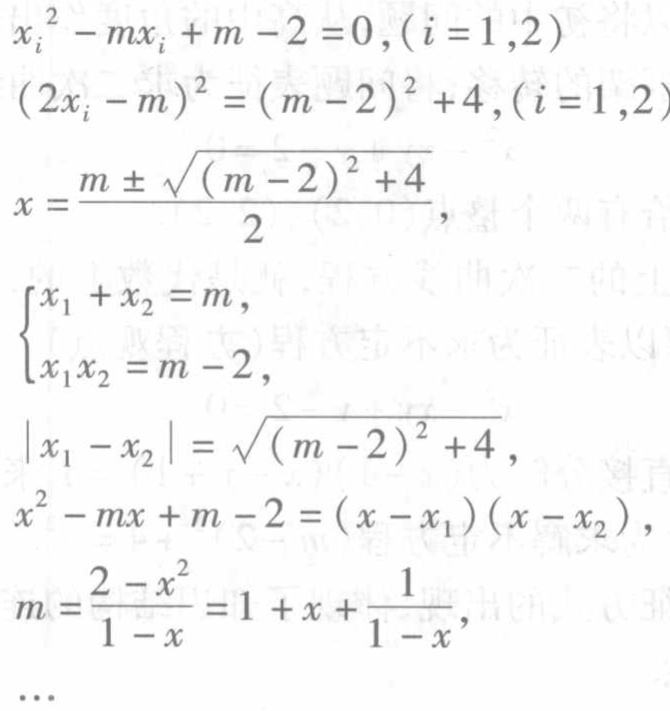
\begin{align*}
x_{i}^{2}-mx_{i}+m - 2&=0,(i = 1,2)\\
(2x_{i}-m)^{2}&=(m - 2)^{2}+4,(i = 1,2)\\
x&=\frac{m\pm\sqrt{(m - 2)^{2}+4}}{2},\\
\begin{cases}
x_{1}+x_{2}&=m,\\
x_{1}x_{2}&=m - 2,
\end{cases}\\
|x_{1}-x_{2}|&=\sqrt{(m - 2)^{2}+4},\\
x^{2}-mx + m - 2&=(x - x_{1})(x - x_{2}),\\
m&=\frac{2 - x^{2}}{1 - x}=1 + x+\frac{1}{1 - x},
\end{align*}